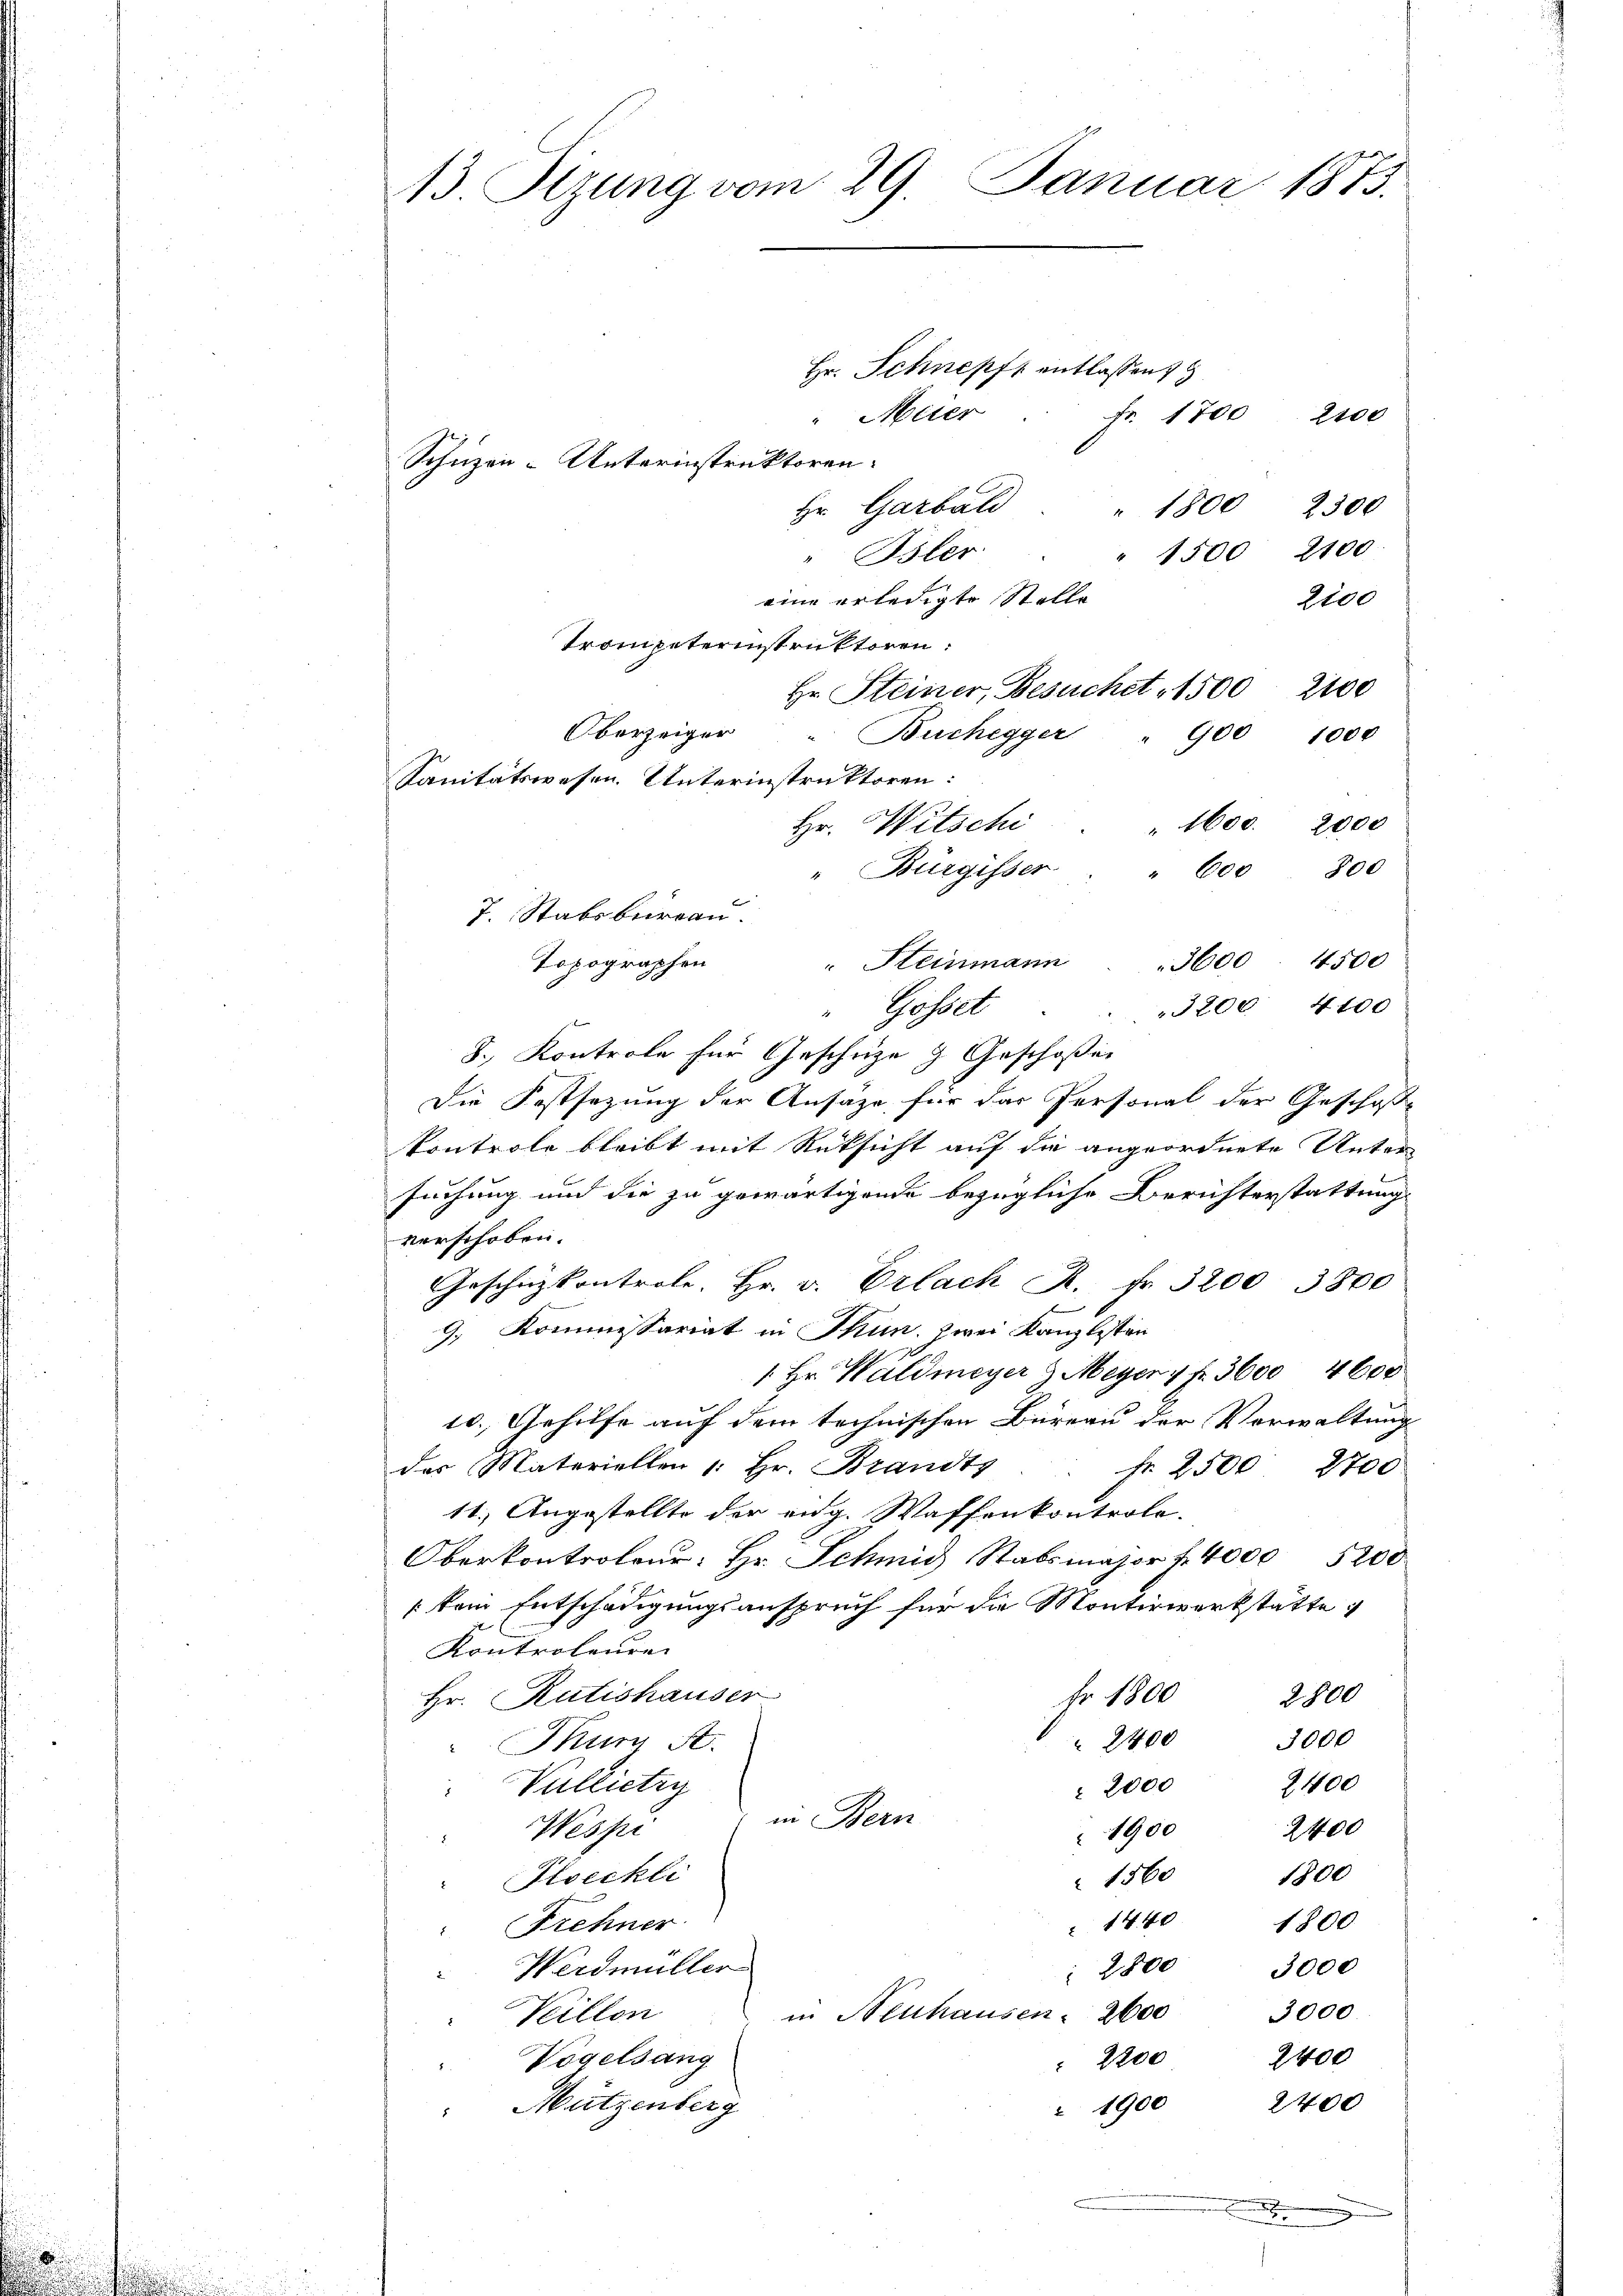
.

13 Sizung vom 29. Januar 1873.

Hr. Schnepft entlassen
"Meier
Fr. 1700 2100
Schüzen-Unterinstruktoren.
Hr Garbal " 1800 2300
1500 2100
" Isler
eine erledigte Stelle
2100
Trompeterinstruktoren:
Hr. Steiner, Besuchet, 1500 2100
Oberzeiger
 Buchegger
900 1000
Sanitätswesen. Unterinstruktoren:
" 1600. 2000
Hr. Witschi
" Bürgisser " " 600 800
7. Stabsburgau.
Topographen
" Steinmann 3600. 4500
3200 4100
"Gosset
8., Kontrole für Geschüze  Geschoßen
Die Festsezung der Ansage für das Personal der Geschoße
kontrole bleibt mit Rüksicht auf die angeordnete Untersuchung und die zu gewärtigende bezügliche Berichterstattung
verschoben.
Geschüzkontrole. Hr. v. Erlach R. fr. 3200 3800
9. Kommissariat in Thun, zwei Kanzlisten
1. Hr. Waldmeyer & Meyer 1 fr. 3600 4600
10. Gehilfe auf dem technischen Büreau der Verwaltung
des Materiellen 1: Hr. Brandts
Nr. 2500 2700
11.) Angestellte der eng. Waffenkontrolo-
Oberkontroleur: Hr. Schmid Stabsmajor u. 4000 5200.
kem Entschädigungsanspruch für die Montirwerkstätte i
Kontroleuren
Hr. Rütishauser
Fr. 1800
2800
3000
2400
Murn St.
2400
Vullictey
 2000
in Bern
Wespi
2400
1900
 1560 1800
Floechli
1440
1800
Frehner
2800
3000
Werdmüller
in Neuhausen. 2600
3000.
Veillon
2400
Vogelsang
 2200
2400
Mützenberg
 1900

.